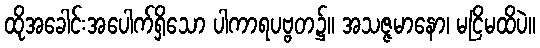
ထိုအခေါင်းအပေါက်ရှိသော ပါကာရပဗ္ဗတ၌။ အသဇ္ဇမာနော၊ မငြိမထိပဲ။